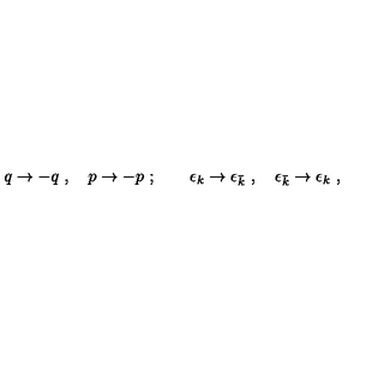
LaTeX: q \rightarrow - q \ , \quad p \rightarrow - p \ ; \qquad \epsilon _ { k } \rightarrow \epsilon _ { \bar { k } } \ , \quad \epsilon _ { \bar { k } } \rightarrow \epsilon _ { k } \ ,